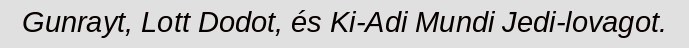
Gunrayt, Lott Dodot, és Ki-Adi Mundi Jedi-lovagot.